Leaving Certificate Examination, 1906
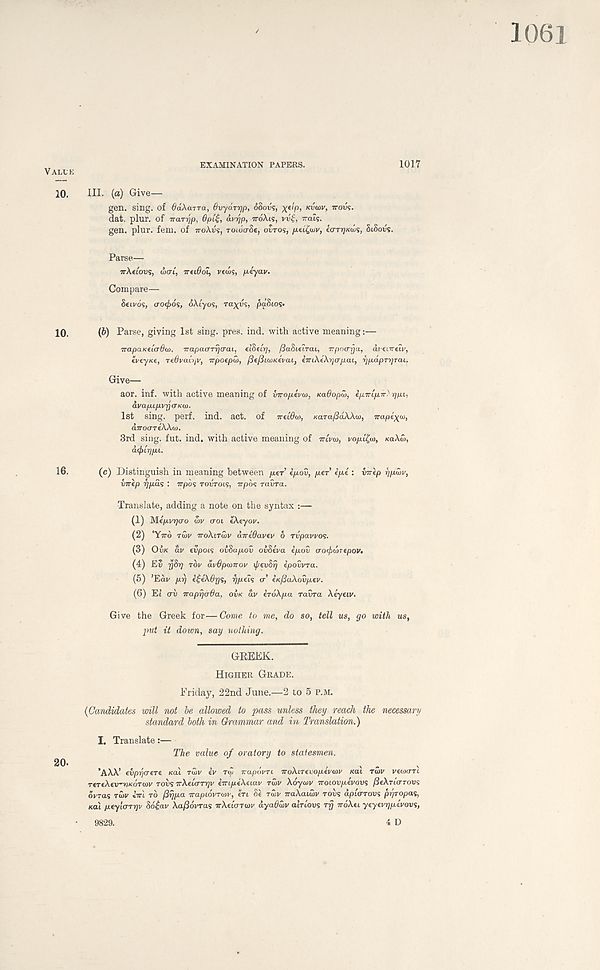
EXAMINATION PAPERS.
1017
VALLE
10.
HI. (a) Give-
gen. sing, of OdkarTa, 6vyarr]p, 68ovs, X £ 'P> KVW, TTOVS.
dat. plur. of irarrjp, 6pi$, avrjp, ir6\is, vvd, rrais.
gen. plur. fern, of TTOXVS, roida-Se, OVTOS, p.ti£wv, iarr]Kw<s, SiSovs.
Parse—
nkeiovs, wart, irtiOol, vecos, peyav.
Compare—
Seivds, crowds, dXiyos, ra^vs, paSios*
10.
(fe) Parse, giving 1st sing. pres. ind. with active meaning:—
irapaKuerdto, Trapacrrrj(raL, el&elrp (Sadiflrai, T-poaya, aiei/rreiv,
eveyKt, Ti.6vo.iijv, irpotpHi, /Se/SuDKtvai, imXtXijarpaL, rjpdpTijTai.
Give—
aor. inf. with active meaning of inropivM, KaOopio, ipiripn-^ripL,
dvapLpvrjtTKU).
1st sing. perf. ind. act. of irtiOw, KarafidWa), napi-^w,
aTroareWd).
3rd sing. fut. ind. with active meaning of TUVCD, vopL^, KOXW,
OlpLTjpi..
16.
(c) Distinguish in meaning between per ipov, per ipi : imep rjpiov,
virep f]pas : Trpos TOVTOLS, irpds TOVTO.
Translate, adding a note on the syntax :—
(1) Mepvrjcro u>v <TOL eXeyov.
(2) 'YTTO TWV iroXirtov dire6avev 6 Tvpavvo<s.
(3) OVK dv fvpois oiSapov ovSeva epov aoifxirepov.
(4) E5 y$T] TOV dv6p(t)iTov {j/evSrj ipovvra.
(5) ’Edv prj i^eXdys, rjpel's <T’ eK/SaXovpev.
(6) Ei cv TraprjdOa, OVK dv iroXpa ravra Xiyeiv.
Give the Greek for—Come to me, do so, tell us, go with us,
put it down, say nothing.
GREEK.
HIGHER GRADE.
Friday, 22nd June.—2 to 5 P.M.
{Candidates will not be allowed to pass unless they reach the necessary
standard both in Gh'ammar and in Translation.)
20.
I. Translate:—
The value of oratory to statesmen.
'AXX’ evpy'jCfeTe KCU TWV iv rw Trapcivn iroXiTevopevoiv KOX TWV veojirrl
TereXev'nKoTwv rocs TrXeicrTrjv eiripeXeiav TWV Xoywv iroiovpevovs ^CXTICTTOVS
dvras TWV «iri TO firjpa Trapidvrwv, in Se TWV TraXaiwv TOVS dplarTovs pr)Topa$,
Kal peyla-Tijv Sd^av Xa/Sdvras TrXeiaTtov dya0wv ah LOWS rfi iroXti yeyevrjpevovs,